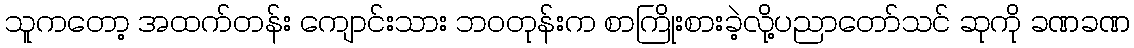
သူကတော့ အထက်တန်း ကျောင်းသား ဘဝတုန်းက စာကြိုးစားခဲ့လို့ပညာတော်သင် ဆုကို ခဏခဏ